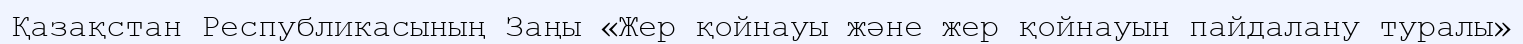
Қазақстан Республикасының Заңы «Жер қойнауы және жер қойнауын пайдалану туралы»